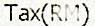
TAX(RM)